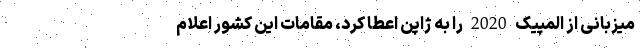
میزبانی از المپیک 2020 را به ژاپن اعطا کرد، مقامات این کشور اعلام